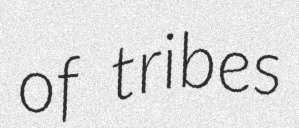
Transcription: of tribes